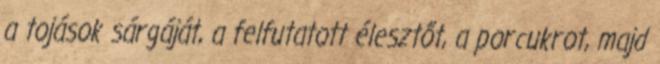
a tojások sárgáját, a felfutatott élesztőt, a porcukrot, majd